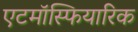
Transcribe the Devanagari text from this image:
एटमॉस्फियारिक